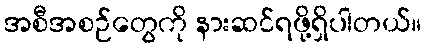
အစီအစဉ်တွေကို နားဆင်ရဖို့ရှိပါတယ်။